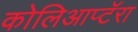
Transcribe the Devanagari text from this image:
कोलिआप्टॅरा